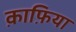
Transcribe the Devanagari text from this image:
क़ाफ़िया